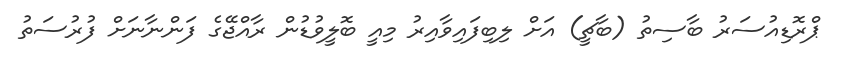
ޕްރޮޑިއުސަރު ބާސިތު (ބާޗީ) އަށް ލިބިފައިވާއިރު މިއީ ބޮލީވުޑުން ރާއްޖޭގެ ފަންނާނަށް ފުރުސަތު